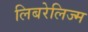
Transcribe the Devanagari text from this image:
लिबरेलिज्म